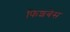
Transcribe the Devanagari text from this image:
फिशबेस